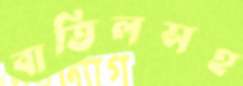
বাতিলসহ